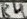
Text: R4